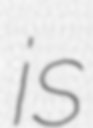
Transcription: is